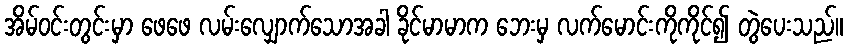
အိမ်ဝင်းတွင်းမှာ ဖေဖေ လမ်းလျှောက်သောအခါ ခိုင်မာမာက ဘေးမှ လက်မောင်းကိုကိုင်၍ တွဲပေးသည်။